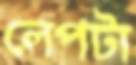
লেপটা